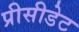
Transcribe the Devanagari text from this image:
प्रीसीडेट